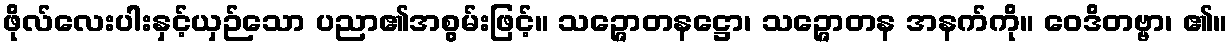
ဖိုလ်လေးပါးနှင့်ယှဉ်သော ပညာ၏အစွမ်းဖြင့်။ သဉ္ဇောတနဋ္ဌော၊ သဉ္ဇောတန အနက်ကို။ ဝေဒိတဗ္ဗာ၊ ၏။